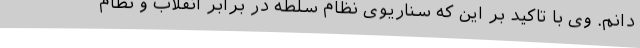
دانم. وی با تاکید بر این که سناریوی نظام سلطه در برابر انقلاب و نظام